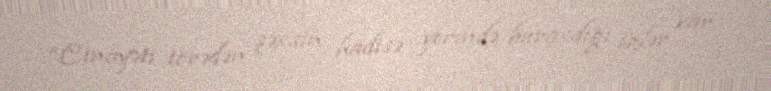
“Cinayəti törədən şəxsin hadisə yerində buraxdığı izlər var.